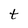
Character: t